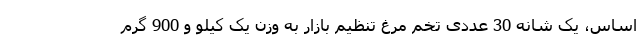
اساس، یک شانه 30 عددی تخم مرغ تنظیم بازار به وزن یک کیلو و 900 گرم